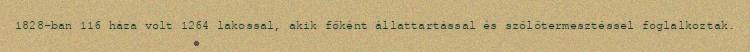
1828-ban 116 háza volt 1264 lakossal, akik főként állattartással és szőlőtermesztéssel foglalkoztak.